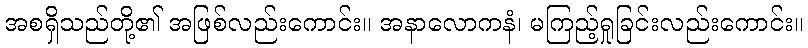
အစရှိသည်တို့၏ အဖြစ်လည်းကောင်း။ အနာလောကနံ၊ မကြည့်ရှုခြင်းလည်းကောင်း။